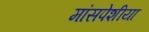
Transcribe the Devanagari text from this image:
मांसपेशीया